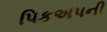
પિકઅપની